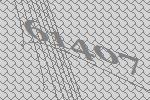
61407